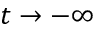
t \rightarrow - \infty